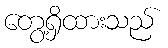
တွေ့ရှိထားသည်